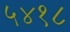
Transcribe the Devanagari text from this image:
५४१८